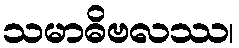
သမာဓိဗလဿ၊